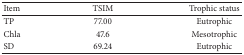
| Item | TSIM | Trophic status |
 | --- | --- | --- |
 | TP | 77.00 | Eutrophic |
 | Chla | 47.6 | Mesotrophic |
 | SD | 69.24 | Eutrophic |